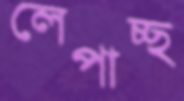
লেপাচ্ছ